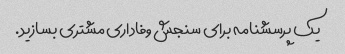
یک پرسشنامه برای سنجش وفاداری مشتری بسازید.